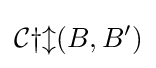
{\mathcal {Cyl}}(B,B')